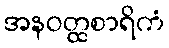
အနဝတ္ထစာရိကံ